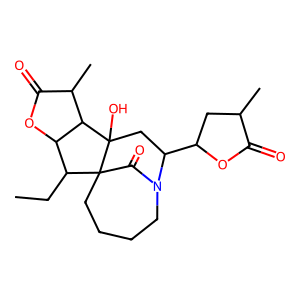
SMILES: CCC1C2OC(=O)C(C)C2C2(O)CC(C3CC(C)C(=O)O3)N3CCCCC12C3=O
Inhibits HIV replication: No